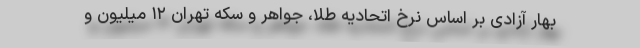
بهار آزادی بر اساس نرخ اتحادیه طلا، جواهر و سکه تهران ۱۲ میلیون و